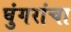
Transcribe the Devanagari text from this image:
घुंगरांचा